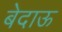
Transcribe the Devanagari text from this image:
बेदाऊ